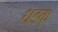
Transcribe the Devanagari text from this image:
धडक्